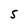
Character: 5